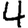
Digit: 4